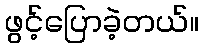
ဖွင့်ပြောခဲ့တယ်။